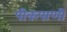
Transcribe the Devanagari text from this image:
पीकपाणी